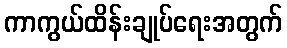
ကာကွယ်ထိန်းချုပ်ရေးအတွက်